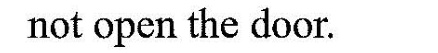
not open the door.